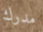
مدرك